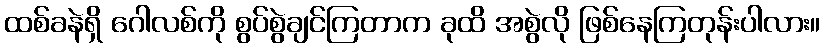
ထစ်ခနဲရှိ ဂေါလစ်ကို စွပ်စွဲချင်ကြတာက ခုထိ အစွဲလို ဖြစ်နေကြတုန်းပါလား။